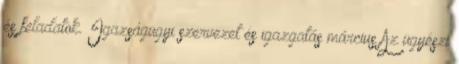
és feladatok. Igazságügyi szervezet és igazgatás március Az ügyészi